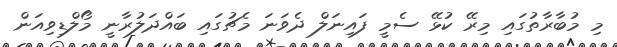
މި މުބާރާތުގައި މިރޭ ކުޅޭ ސެމީ ފައިނަލް ދެވަނަ މެޗުގައި ބައްދަލުރާނީ މޯލްޑިވިއަން